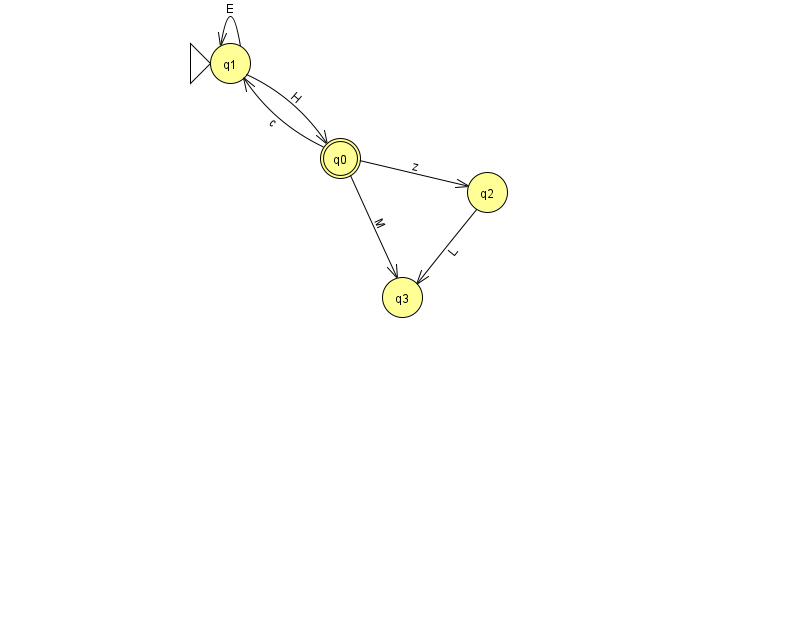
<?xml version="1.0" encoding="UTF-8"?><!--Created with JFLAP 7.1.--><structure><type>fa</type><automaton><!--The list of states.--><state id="0" name="q0"><x>340.0</x><y>145.0</y><final/></state><state id="1" name="q1"><x>230.0</x><y>50.0</y><initial/></state><state id="2" name="q2"><x>487.0</x><y>179.0</y></state><state id="3" name="q3"><x>402.0</x><y>284.0</y></state><!--The list of transitions.--><transition><from>1</from><to>0</to><read>H</read></transition><transition><from>1</from><to>1</to><read>E</read></transition><transition><from>0</from><to>1</to><read>c</read></transition><transition><from>0</from><to>2</to><read>z</read></transition><transition><from>0</from><to>3</to><read>M</read></transition><transition><from>2</from><to>3</to><read>L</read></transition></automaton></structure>